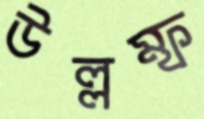
উল্লম্ফ